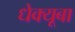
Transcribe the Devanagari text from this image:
धेक्यूबा